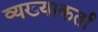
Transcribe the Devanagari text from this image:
व्यख्याकर्ता